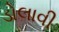
ડોલાવી